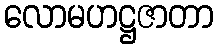
လောမဟဋ္ဌဇာတာ